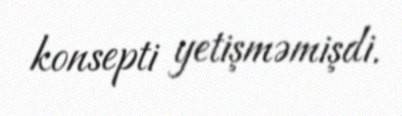
konsepti yetişməmişdi.